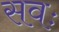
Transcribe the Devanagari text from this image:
सवः